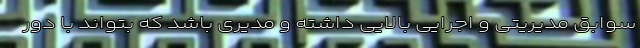
سوابق مدیریتی و اجرایی بالایی داشته و مدیری باشد که بتواند با دور